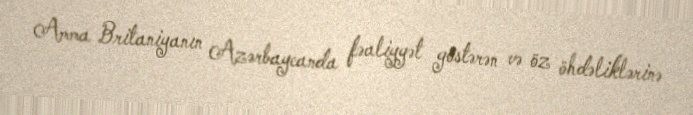
Amma Britaniyanın Azərbaycanda fəaliyyət göstərən və öz öhdəliklərinə